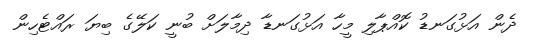
ދެން އަޅުގަނޑު ކޮއްޕާލި މީހާ އަޅުގަނޑާ ދިމާލަށް ބުނީ ކަލޭގެ ބިޔަ ރައްޓެހިން